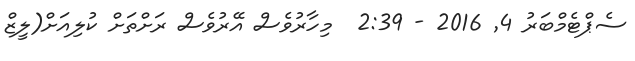
ސެޕްޓެމްބަރު 4